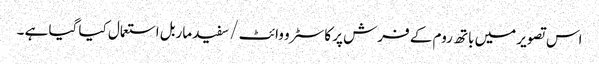
اس تصویر میں باتھ روم کے فرش پر کاسٹرو وائٹ / سفید ماربل استعمال کیا گیا ہے ۔